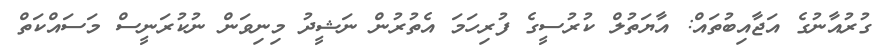
ގުރުއާނުގެ އަޖާއިބުތައް: އާޔަތުލް ކުރުސީގެ ފުރިހަމަ އެތުރުން ނަޝީދު މިނިވަން ނުކުރަނީސް މަސައްކަތް